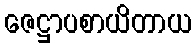
ဇေဋ္ဌာပစာယိတာယ